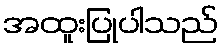
အထူးပြုပါသည်